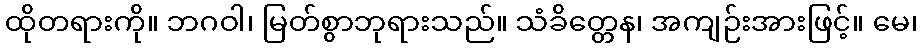
ထိုတရားကို။ ဘဂဝါ၊ မြတ်စွာဘုရားသည်။ သံခိတ္တေန၊ အကျဉ်းအားဖြင့်။ မေ၊